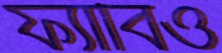
ফ্যাবিও